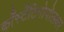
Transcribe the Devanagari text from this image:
काँस्टँटिनोपोलवर